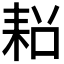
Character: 𮋧